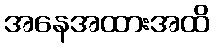
အနေအထားအထိ